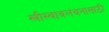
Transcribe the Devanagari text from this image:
स्त्रीस्वावलंबनासाठी